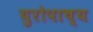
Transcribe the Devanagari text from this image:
युरोपाच्य